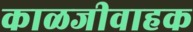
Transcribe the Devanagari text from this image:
काळजीवाहक